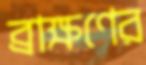
ব্রাক্ষণের